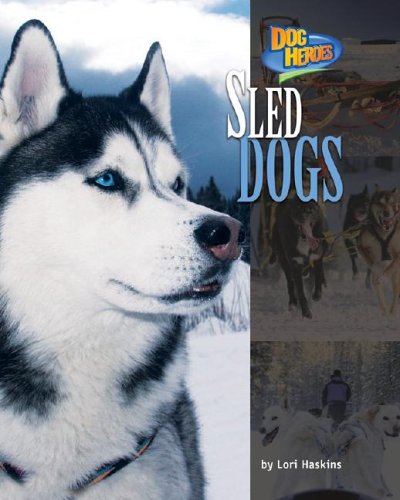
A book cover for Sled Dogs (Dog Heroes); Lori Haskins; Sports & Outdoors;